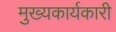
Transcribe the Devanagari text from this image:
मुख्यकार्यकारी